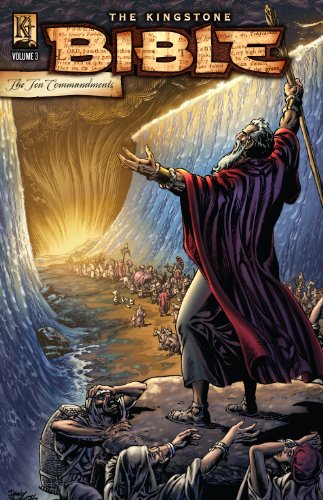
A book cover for The Kingstone Bible Vol. 3; Various Kingstone Authors; Comics & Graphic Novels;